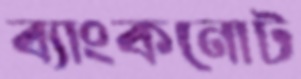
ব্যাংকনোট